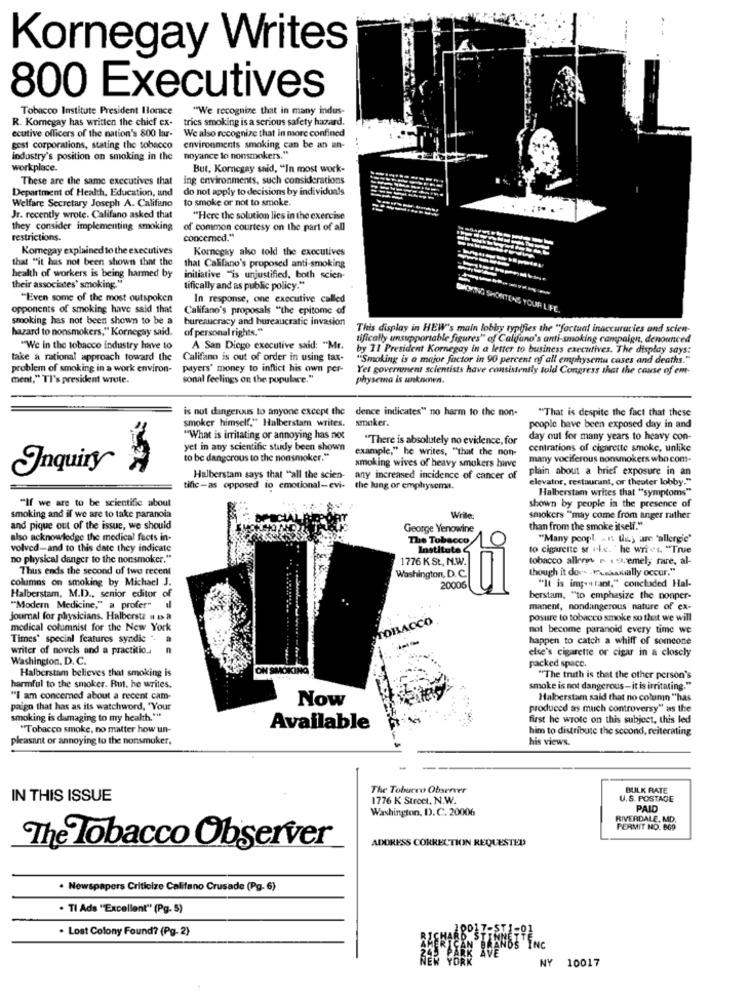
Kornegay Writes
800 Executives
Tobacco Institute President Horce
"We recognize that in many indus-
R. Komegay has written the chief ex-
trics smoking is a serious safety hazard.
ecutive officers of the nation's 800 lar-
We also recognize that in more confined
gest corporations, stating the tobacco environments smoking can be an an-
industry's position on smoking in the
workplace.
But, Kornegay said, "In most work-
These are the same executives that
ing environments, such considerations
Department of Health, Education, and
do not apply to decisions by individuals
Welfare Secretary Joseph A. Califano
to smoke or not to smoke.
Jr. recently wrote. Califano asked that
"Here the solution lies in the exercise
they consider implementing smoking
of common courtesy on the part of all
restrictions.
concemed."
Komegay explained to the executives
Koregay also told the executives
that "it has not been shown that the
that Califano's proposed anti-smoking
health of workers is being harmed by
their associates' smoking."
initiative "is unjustified, both scien-
tifically and as public policy."
"Even some of the most outspoken
In response, one executive called
opponents of smoking have said that
Califano's proposals "the epitome of
smoking has not been shown to be a
bureaucracy and bureaucratic invasion
hazard to nonsmokers," Kornegay said.
of personal rights."
This display in HEW's main lobby typifies the "factual inaccuracies and scien-
tifically unsupportable figures" of Califano's anti-smoking campaign, denounced
"We in the tobacco industry have to
A San Diego executive said: "Mr.
by 11 President Kornegay in a letter to business executives. The display says:
take a rational approach toward the
Califano is out of order in using tax-
"Smoking is a major factor in 90 percent of all emphysema cases and deaths."
problem of smoking in a work environ-
payers' money to inflict his own per-
Yet government scientists have consistently told Congress that the cause of em-
ment," Tl's president wrote.
sonal feelings on the populace."
physemna is unknown.
is not dangerous to anyone except the
dence indicates" no harm to the non-
"That is despite the fact that these
smoker himself." Halberstam writes.
smaker.
people have been exposed day in and
"What is irritating or annoying has not
"There is absolutely no evidence, for
day out for many years to heavy con-
yet in any scientific study been shown
example," he writes, "that the non-
centrations of cigarette smoke, unlike
to be dangerous to the nonsmoker."
many vociferous nonsmokers who com-
Inquiry
smoking wives of heavy smokers have
plain about a brief exposure in an
Halberstam says that "all the scien-
any increased incidence of cancer of
elevator, restaurant, or theater lobby."
tific-as opposed to emotional-evi-
the lung or emphysema.
Halberstam writes that "symptoms"
"If we are to be scientific about
shown by people in the presence of
smoking and if we are to take paranoia
Write:
smokers "may come from anger rather
and pique out of the issue, we should
George Yenowine
than from the smoke itself."
also acknowledge the medical facts in-
The Tobacco
"Many ponpl Ans they are "allergie"
volved-and to this date they indicate
Institute
to cigarette s .L.e. " he writ. "True
no physical danger to the nonsmoker."
1776 K St, N.W.
tobacco allero r . L. emel, rare, al-
Thus ends the second of two recent
though it do"- . v.nasally occur."
columns on smoking by Michael J.
Washington, D. C.
"It is imp- tant," concluded Hal-
20006
Halberstam, M.D ., senior editor
berstam, "to emphasize the nonper-
"Modern Medicine," a profer"
manent, nondangerous nature of ex-
journal for physicians. Halberste # 1 a
TOBACCO
posure to tobacco smoke so that we will
medical columnist for the New York
not become paranoid every time we
Times' special features syndic ". a
happen to catch a whiff of someone
writer of novels and a practitio ..
n
else's cigarette or cigar in a closely
Washington, D. C.
Halberstam believes that smoking is
ON SMOKING
packed space.
"The truth is that the other person's
harmful to the smoker. Rut, he writes.
smoke is not dangerous- it is irritating."
""I am concerned about a recent cam-
Now
Halberstam said that no column "has
paign that has as its watchword, 'Your
produced as much controversy" as the
smoking is damaging to my health .**
first he wrote on this subject, this led
"Tobacco smoke, no matter how un-
Available
him to distribute the scoond, reiterating
pleasant or annoying to the nonsmoker.
his views.
The Tobacco Observer
BULK RATE
IN THIS ISSUE
1776 K Street, N.W.
U.S. POSTAGE
Washington, D. C. 20006
PAID
RIVERDALE, MD.
PERMIT NO. 809
ADDRESS CORRECTION REQUESTED
The Tobacco Observer
· Newspapers Criticize Califano Crusade (Pg. 6)
. Tl Ads "Excellent" (Pg. 5)
. Lost Colony Found? (Pg. 2)
INC
NY
10017